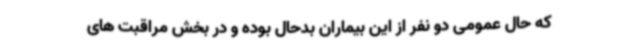
که حال عمومی دو نفر از این بیماران بدحال بوده و در بخش مراقبت های